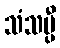
သံသပ္ပီ